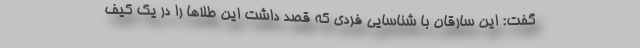
گفت: این سارقان با شناسایی فردی که قصد داشت این طلاها را در یک کیف